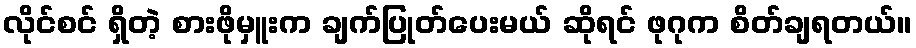
လိုင်စင် ရှိတဲ့ စားဖိုမှူးက ချက်ပြုတ်ပေးမယ် ဆိုရင် ဖုဂုက စိတ်ချရတယ်။